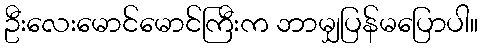
ဦးလေးမောင်မောင်ကြီးက ဘာမျှပြန်မပြောပါ။